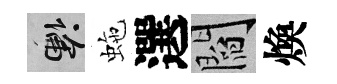
懸虵選閻煥